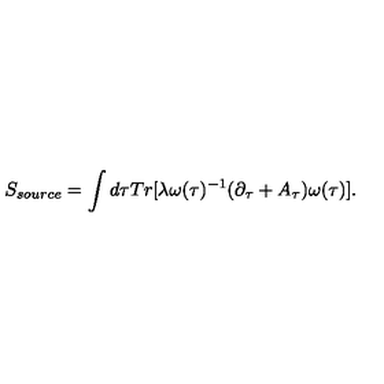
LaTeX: S _ { s o u r c e } = \int d \tau T r [ \lambda \omega ( \tau ) ^ { - 1 } ( \partial _ { \tau } + A _ { \tau } ) \omega ( \tau ) ] .